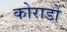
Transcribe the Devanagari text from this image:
कोराडो